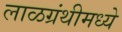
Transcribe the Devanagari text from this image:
लाळग्रंथीमध्ये